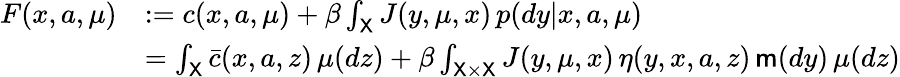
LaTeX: \begin{array}{rl}{F(x,a,\mu)}&{:=c(x,a,\mu)+\beta\int_{{\mathsf X}}J(y,\mu,x)\, p(dy|x,a,\mu)}\\ &{=\int_{{\mathsf X}}{\bar{c}}(x,a,z)\, \mu(dz)+\beta\int_{{\mathsf X}\times{\mathsf X}}J(y,\mu,x)\, \eta(y,x,a,z)\, \mathsf{m}(dy)\, \mu(dz)}\end{array}